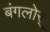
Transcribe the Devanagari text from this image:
बंगलोर्